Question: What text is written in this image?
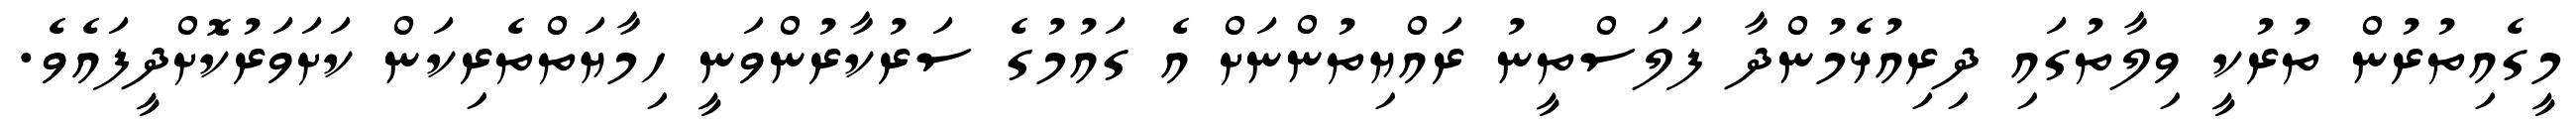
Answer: މީގެއިތުރުން ތުރުކީ ވިލާތުގައި ދިރިއުޅެމުންދާ ފަލަސްތީނު ރައްޔިތުންނަށް އެ ގައުމުގެ ސަރުކާރުންވަނީ ހިމާޔަތްތެރިކަން ކަށަވަރުކޮށްދީފައެވެ.